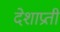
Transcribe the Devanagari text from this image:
देशाप्रती